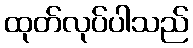
ထုတ်လုပ်ပါသည်